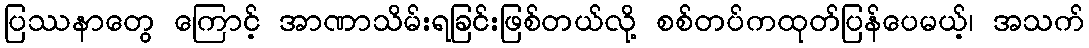
ပြဿနာတွေ ကြောင့် အာဏာသိမ်းရခြင်းဖြစ်တယ်လို့ စစ်တပ်ကထုတ်ပြန်ပေမယ့်၊ အသက်